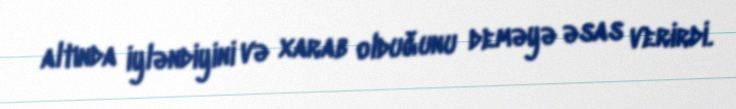
altında iyləndiyini və xarab olduğunu deməyə əsas verirdi.